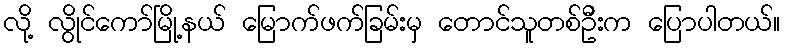
လို့ လွိုင်ကော်မြို့နယ် မြောက်ဖက်ခြမ်းမှ တောင်သူတစ်ဦးက ပြောပါတယ်။